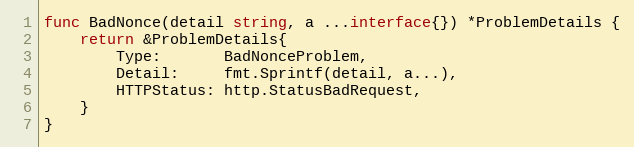
Language: Go
func BadNonce(detail string, a ...interface{}) *ProblemDetails {
	return &ProblemDetails{
		Type:       BadNonceProblem,
		Detail:     fmt.Sprintf(detail, a...),
		HTTPStatus: http.StatusBadRequest,
	}
}